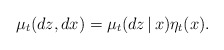
\begin{align*} \mu_t(dz, dx) = \mu_t(dz\,|\,x) \eta_t(x).\end{align*}